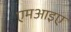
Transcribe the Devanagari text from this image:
एमआइए